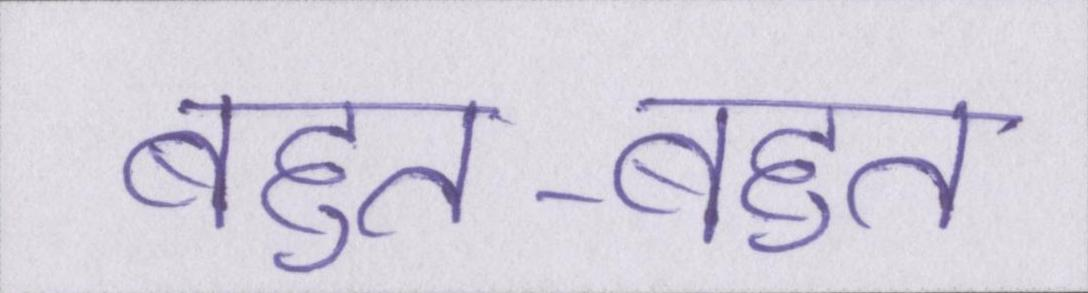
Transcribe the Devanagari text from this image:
बहुत-बहुत